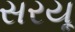
સરયૂ